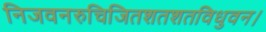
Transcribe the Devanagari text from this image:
निजवनरुचिजितशतशतविधुवन।